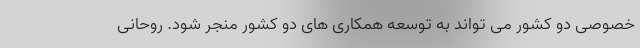
خصوصی دو کشور می تواند به توسعه همکاری های دو کشور منجر شود. روحانی